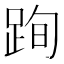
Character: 𨀴